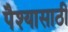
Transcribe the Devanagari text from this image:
पैश्यासाठी